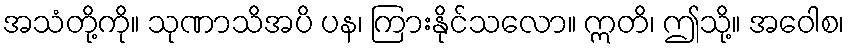
အသံတို့ကို။ သုဏာသိအပိ ပန၊ ကြားနိုင်သလော။ ဣတိ၊ ဤသို့။ အဝေါစ၊